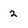
Character: 2